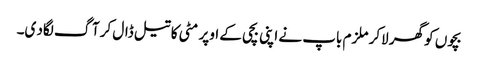
بچوں کو گھر لاکر ملزم باپ نے اپنی بچی کے اوپر مٹی کا تیل ڈال کر آگ لگاد ی۔